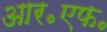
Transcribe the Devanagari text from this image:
आर॰एफ॰